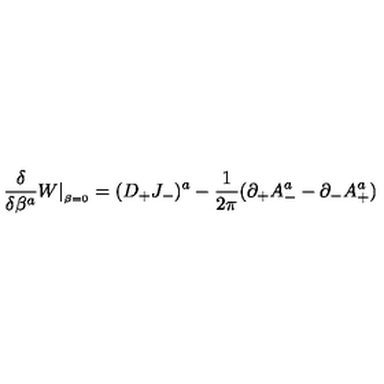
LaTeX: { \frac { \delta } { \delta \beta ^ { a } } } W \vert _ { _ { \beta = 0 } } = ( D _ { + } J _ { - } ) ^ { a } - { \frac { 1 } { 2 \pi } } ( \partial _ { + } A _ { - } ^ { a } - \partial _ { - } A _ { + } ^ { a } )